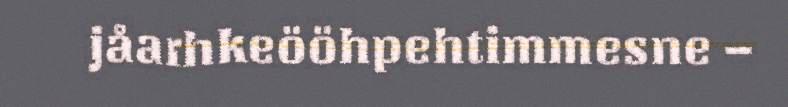
jåarhkeööhpehtimmesne –